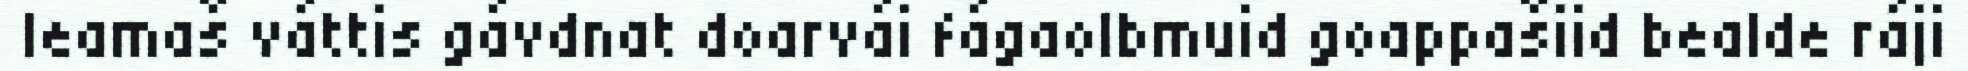
leamaš váttis gávdnat doarvái fágaolbmuid goappašiid bealde ráji